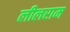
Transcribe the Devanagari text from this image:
लीलराम